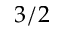
3 / 2